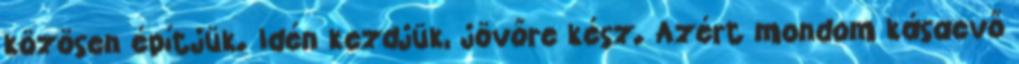
közösen építjük. Idén kezdjük, jövőre kész. Azért mondom kásaevő